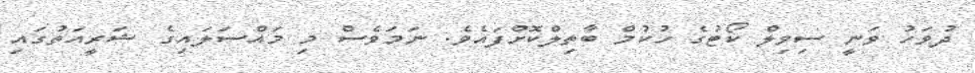
ދުވަހު ވަނީ ސިވިލް ކޯޓުގެ ހުކުމް ބާތިލްކޮށްފައެވެ. ނަމަވެސް މި މައްސަލައިގެ ޝަރީއަތުގައި